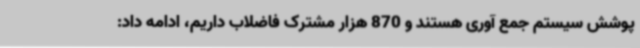
پوشش سیستم جمع آوری هستند و 870 هزار مشترک فاضلاب داریم، ادامه داد: